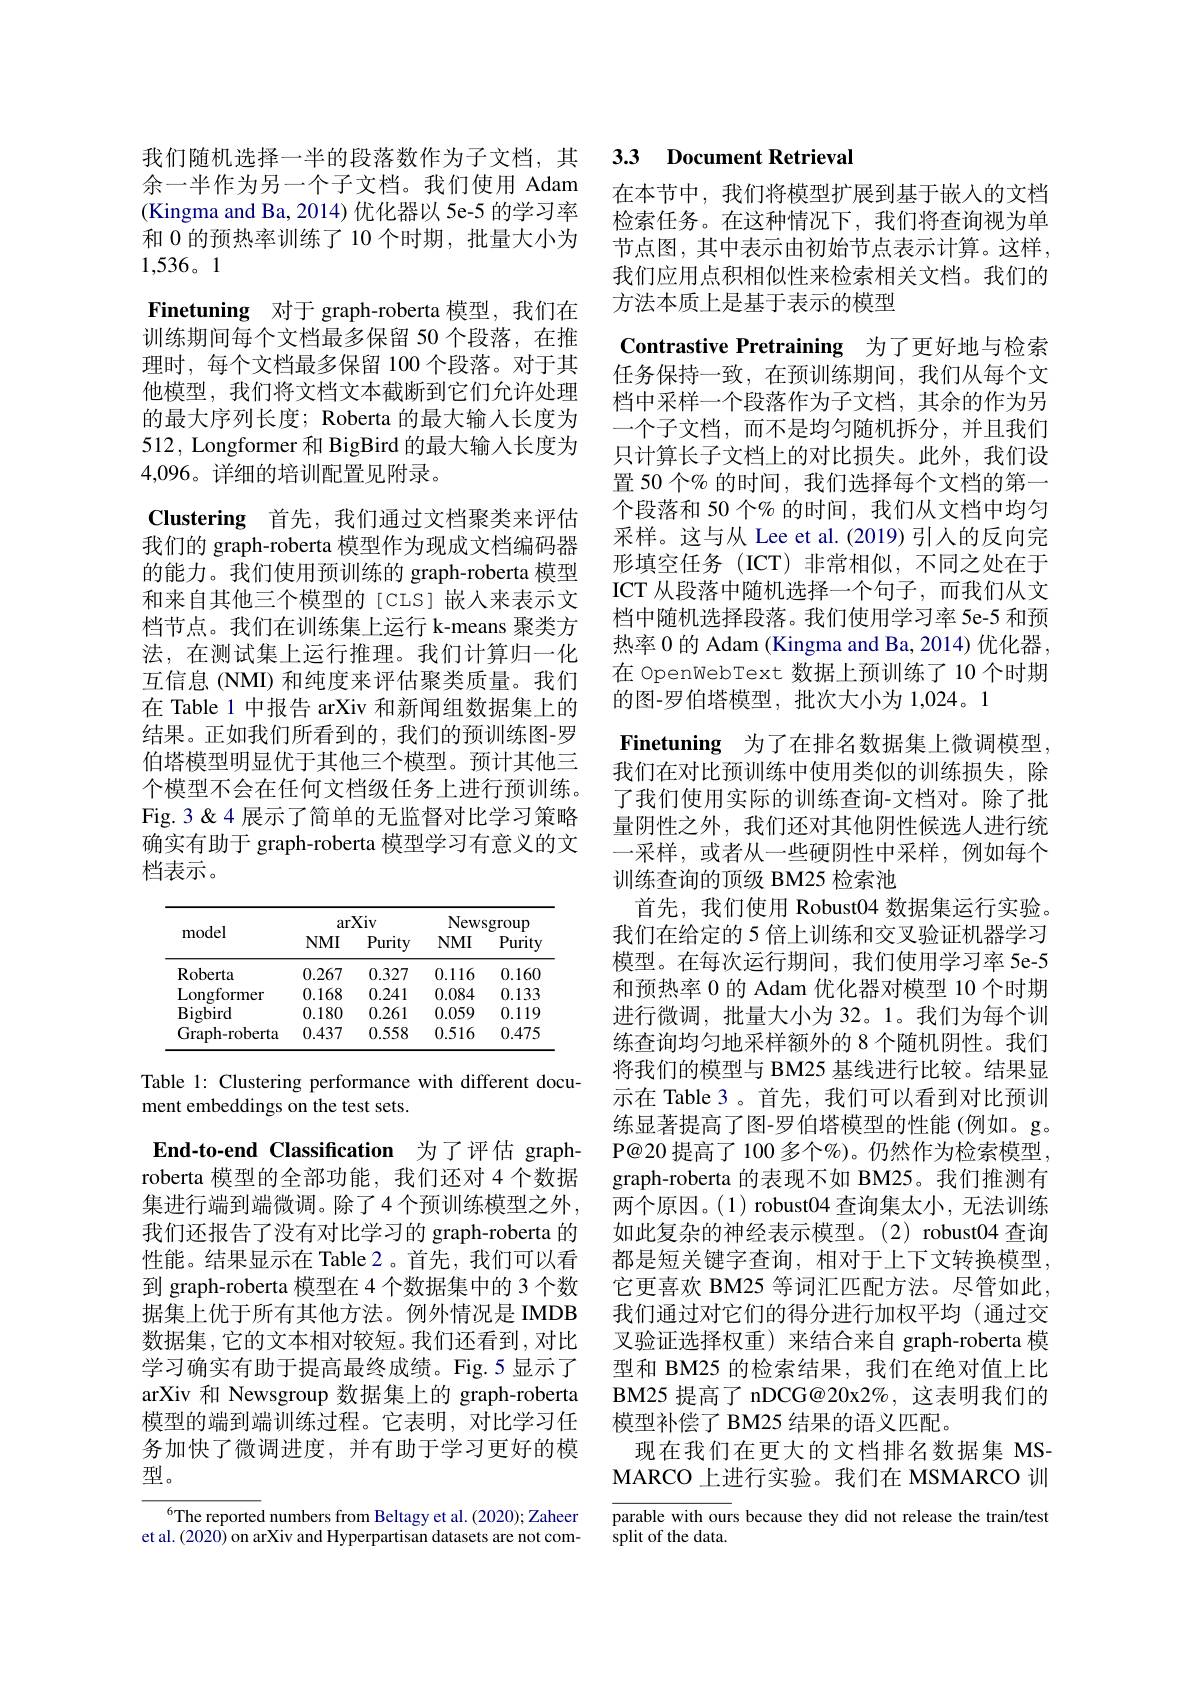
余一半作为另一个子文档。我们使用 Adam (Kingma and Ba, 2014)优化器以 5e-5 的学习率和 0 的预热率训练了 10 个时期，批量大小为1,536。1
Finetuning 对于 graph-roberta 模型，我们在训练期间每个文档最多保留 50 个段落，在推理时，每个文档最多保留 100 个段落。对于其他模型，我们将文档文本截断到它们允许处理的最大序列长度；Roberta 的最大输入长度为512, Longformer 和 BigBird 的最大输入长度为4,096。详细的培训配置见附录。
$\textbf{Clustering}$ 首先，我们通过文档聚类来评估我们的 graph-roberta 模型作为现成文档编码器的能力。我们使用预训练的 graph-roberta 模型和来自其他三个模型的[CLS]嵌入来表示文档节点。我们在训练集上运行 k-means 聚类方法，在测试集上运行推理。我们计算归一化互信息 (NMI) 和纯度来评估聚类质量。我们在 Table 1 中报告 arXiv 和新闻组数据集上的结果。正如我们所看到的，我们的预训练图-罗伯塔模型明显优于其他三个模型。预计其他三个模型不会在任何文档级任务上进行预训练。Fig.3&4 展示了简单的无监督对比学习策略确实有助于 graph-roberta 模型学习有意义的文档表示。

<table>
	<tbody>
		<tr>
			<th rowspan="2">model</th>
			<th colspan="2">arXiv</th>
			<th colspan="2">Newsgroup</th>
		</tr>
		<tr>
			<th>$NMI$</th>
			<th>Purity</th>
			<th>$NMI$</th>
			<th>Purity</th>
		</tr>
		<tr>
			<td>Roberta</td>
			<td>0.267</td>
			<td>0.327</td>
			<td>0.116</td>
			<td>0.160</td>
		</tr>
		<tr>
			<td>Longformer</td>
			<td>0.168</td>
			<td>0.241</td>
			<td>0.084</td>
			<td>0.133</td>
		</tr>
		<tr>
			<td>$\operatorname{Bigbird}$</td>
			<td>0.180</td>
			<td>0.261</td>
			<td>0.059</td>
			<td>0.119</td>
		</tr>
		<tr>
			<td>Graph-roberta</td>
			<td>0.437</td>
			<td>0.558</td>
			<td>0.516</td>
			<td>0.475</td>
		</tr>
	</tbody>
</table>

Table 1: Clustering performance with different docu-
ment embeddings on the test sets.

End-to-end Classification 为了评估 graphroberta 模型的全部功能，我们还对 4 个数据集进行端到端微调。除了4个预训练模型之外， 我们还报告了没有对比学习的 graph-roberta 的性能。结果显示在 Table 2。首先，我们可以看到 graph-roberta 模型在 4 个数据集中的 3 个数据集上优于所有其他方法。例外情况是 IMDB 数据集，它的文本相对较短。我们还看到，对比学习确实有助于提高最终成绩。Fig.5 显示了arXiv 和 Newsgroup 数据集上的 graph-roberta 模型的端到端训练过程。它表明，对比学习任务加快了微调进度，并有助于学习更好的模型。

$^{6}$The reported numbers from Beltagy et al.(2020); Zaheer et al. (2020) on arXiv and Hyperpartisan datasets are not com-

## 我们随机选择一半的段落数作为子文档，其 3.3 Document Retrieval

在本节中，我们将模型扩展到基于嵌入的文档检索任务。在这种情况下，我们将查询视为单节点图，其中表示由初始节点表示计算。这样， 我们应用点积相似性来检索相关文档。我们的方法本质上是基于表示的模型

Contrastive Pretraining 为了更好地与检索任务保持一致，在预训练期间，我们从每个文档中采样一个段落作为子文档，其余的作为另一个子文档，而不是均匀随机拆分，并且我们只计算长子文档上的对比损失。此外，我们设置 50 个% 的时间，我们选择每个文档的第一个段落和 50 个% 的时间，我们从文档中均匀采样。这与从 Lee et al.(2019)引人的反向完形填空任务(ICT)非常相似，不同之处在于ICT 从段落中随机选择一个句子，而我们从文档中随机选择段落。我们使用学习率 5e-5 和预热率 0 的 Adam (Kingma and Ba, 2014) 优化器， 在 OpenWebText 数据上预训练了 10 个时期的图-罗伯塔模型，批次大小为 1,024。1
Finetuning 为了在排名数据集上微调模型， 我们在对比预训练中使用类似的训练损失，除了我们使用实际的训练查询-文档对。除了批量阴性之外，我们还对其他阴性候选人进行统一采样，或者从一些硬阴性中采样，例如每个训练查询的顶级 BM25 检索池
首先，我们使用 Robust04 数据集运行实验。我们在给定的 5 倍上训练和交叉验证机器学习模型。在每次运行期间，我们使用学习率 5e-5和预热率 0 的 Adam 优化器对模型 10 个时期进行微调，批量大小为 32。1。我们为每个训练查询均匀地采样额外的 8 个随机阴性。我们将我们的模型与 BM25 基线进行比较。结果显示在 Table 3 。首先，我们可以看到对比预训练显著提高了图-罗伯塔模型的性能(例如。g。P@20 提高了 100 多个%)。仍然作为检索模型， graph-roberta 的表现不如 BM25。我们推测有两个原因。(1) robust04 查询集太小，无法训练如此复杂的神经表示模型。(2) robust04 查询都是短关键字查询，相对于上下文转换模型， 它更喜欢 BM25 等词汇匹配方法。尽管如此， 我们通过对它们的得分进行加权平均(通过交叉验证选择权重)来结合来自 graph-roberta 模型和 BM25 的检索结果，我们在绝对值上比BM25 提高了 nDCG@20x2%, 这表明我们的模型补偿了 BM25 结果的语义匹配。
现在我们在更大的文档排名数据集 MSMARCO 上进行实验。我们在 MSMARCO 训parable with ours because they did not release the train/test

split of the data.